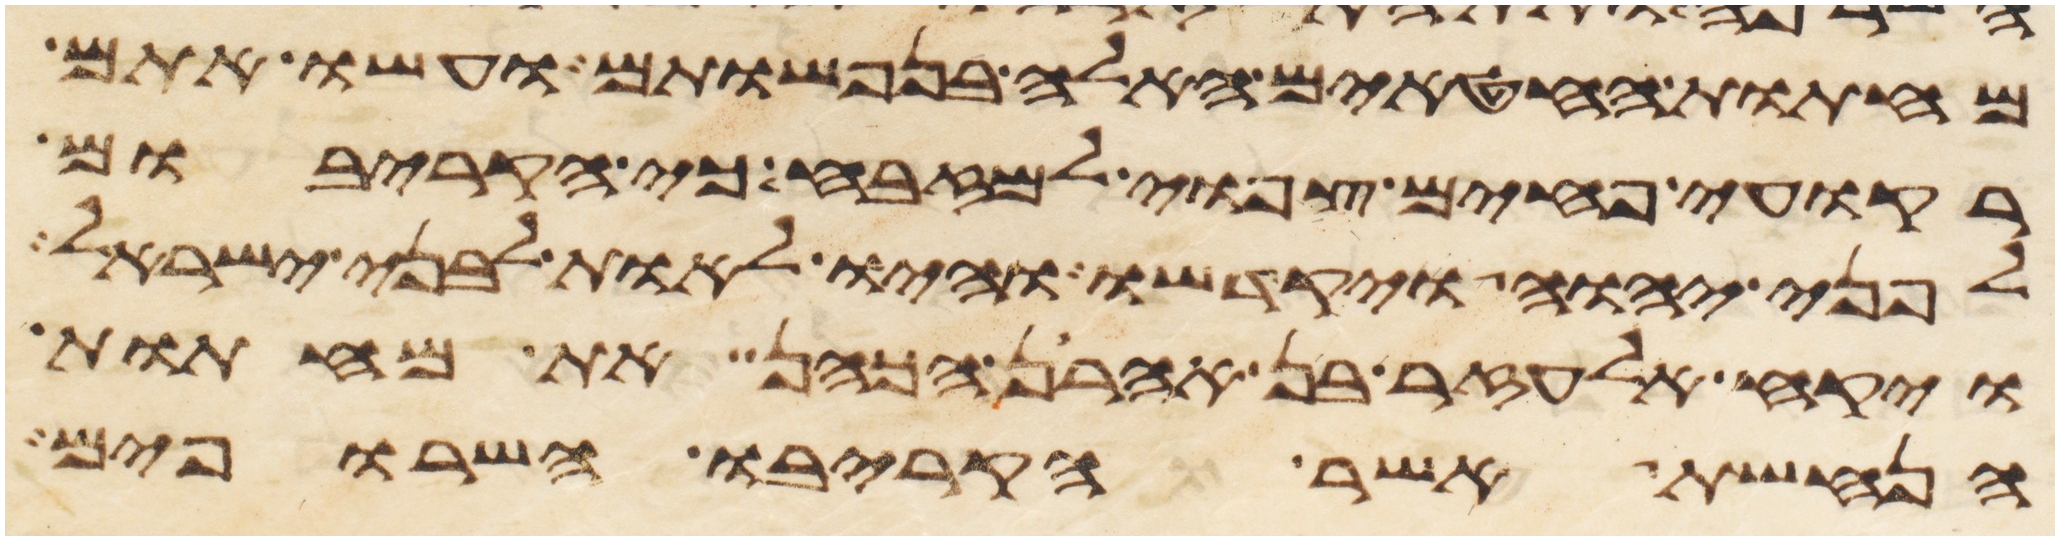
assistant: מחתות החטאים האלה בנפשותם ועשו אתם
רקועי פחים צפואי למזבח כי הקריבום
לפני יהוה ויקדשו והיו לאות לבני ישראל
ויקח אלעזר בן אהרן הכהן את מחתות
הנחשת אשר הקריבו השרופים